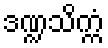
ဒဏ္ဍသိက္ကံ